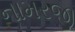
નામરજી